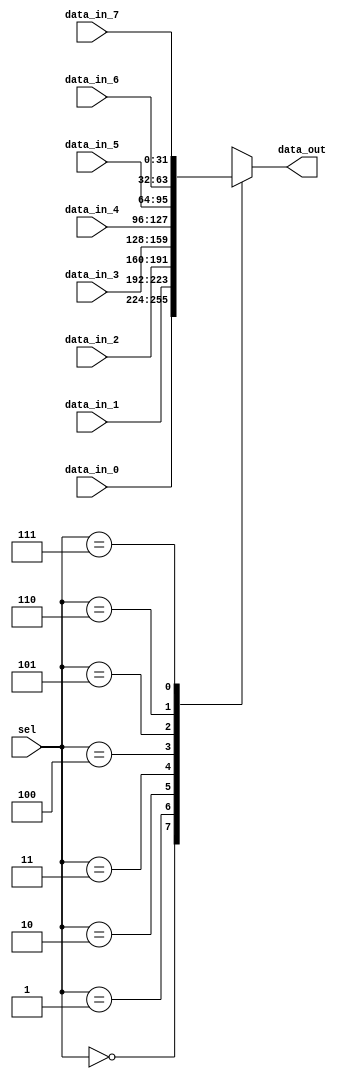
/*
 * @Author: Eric Wong 
 * @Date: 2022-01-15 15:10:18 
 * @Last Modified by:   Eric Wong 
 * @Last Modified time: 2022-01-15 15:10:18 
 */

module mux8 # (
        parameter Width = 32
    )
    (
        input       [Width-1:0] data_in_0   ,
        input       [Width-1:0] data_in_1   ,
        input       [Width-1:0] data_in_2   ,
        input       [Width-1:0] data_in_3   ,
        input       [Width-1:0] data_in_4   ,
        input       [Width-1:0] data_in_5   ,
        input       [Width-1:0] data_in_6   ,
        input       [Width-1:0] data_in_7   ,
        input       [2:0]       sel         ,
        output reg  [Width-1:0] data_out
    );
    always @(*) begin
        case (sel)
            3'b000: data_out = data_in_0;
            3'b001: data_out = data_in_1;
            3'b010: data_out = data_in_2;
            3'b011: data_out = data_in_3;
            3'b100: data_out = data_in_4;
            3'b101: data_out = data_in_5;
            3'b110: data_out = data_in_6;
            3'b111: data_out = data_in_7;
            default : data_out = data_in_0;
        endcase
    end
endmodule